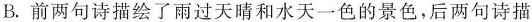
B.前两句诗描绘了雨过天晴和水天一色的景色，后两句诗描